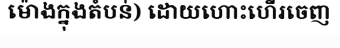
ម៉ោងក្នុងតំបន់) ដោយហោះហើរចេញ